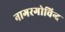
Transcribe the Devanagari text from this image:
नागरगोविन्द